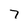
Character: 7